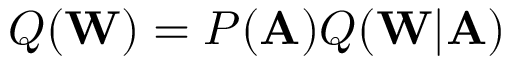
Q ( \mathbf { W } ) = P ( \mathbf { A } ) Q ( \mathbf { W } | \mathbf { A } )